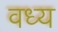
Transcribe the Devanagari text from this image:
वध्य